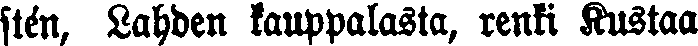
stén, Lahden kauppalasta, renki Kustaa